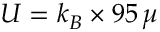
U = k _ { B } \times 9 5 \, \mu